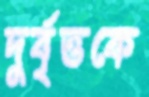
দুর্বৃত্তকে